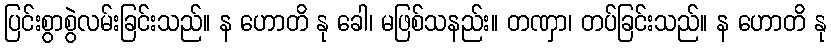
ပြင်းစွာစွဲလမ်းခြင်းသည်။ န ဟောတိ နု ခေါ၊ မဖြစ်သနည်း။ တဏှာ၊ တပ်ခြင်းသည်။ န ဟောတိ နု